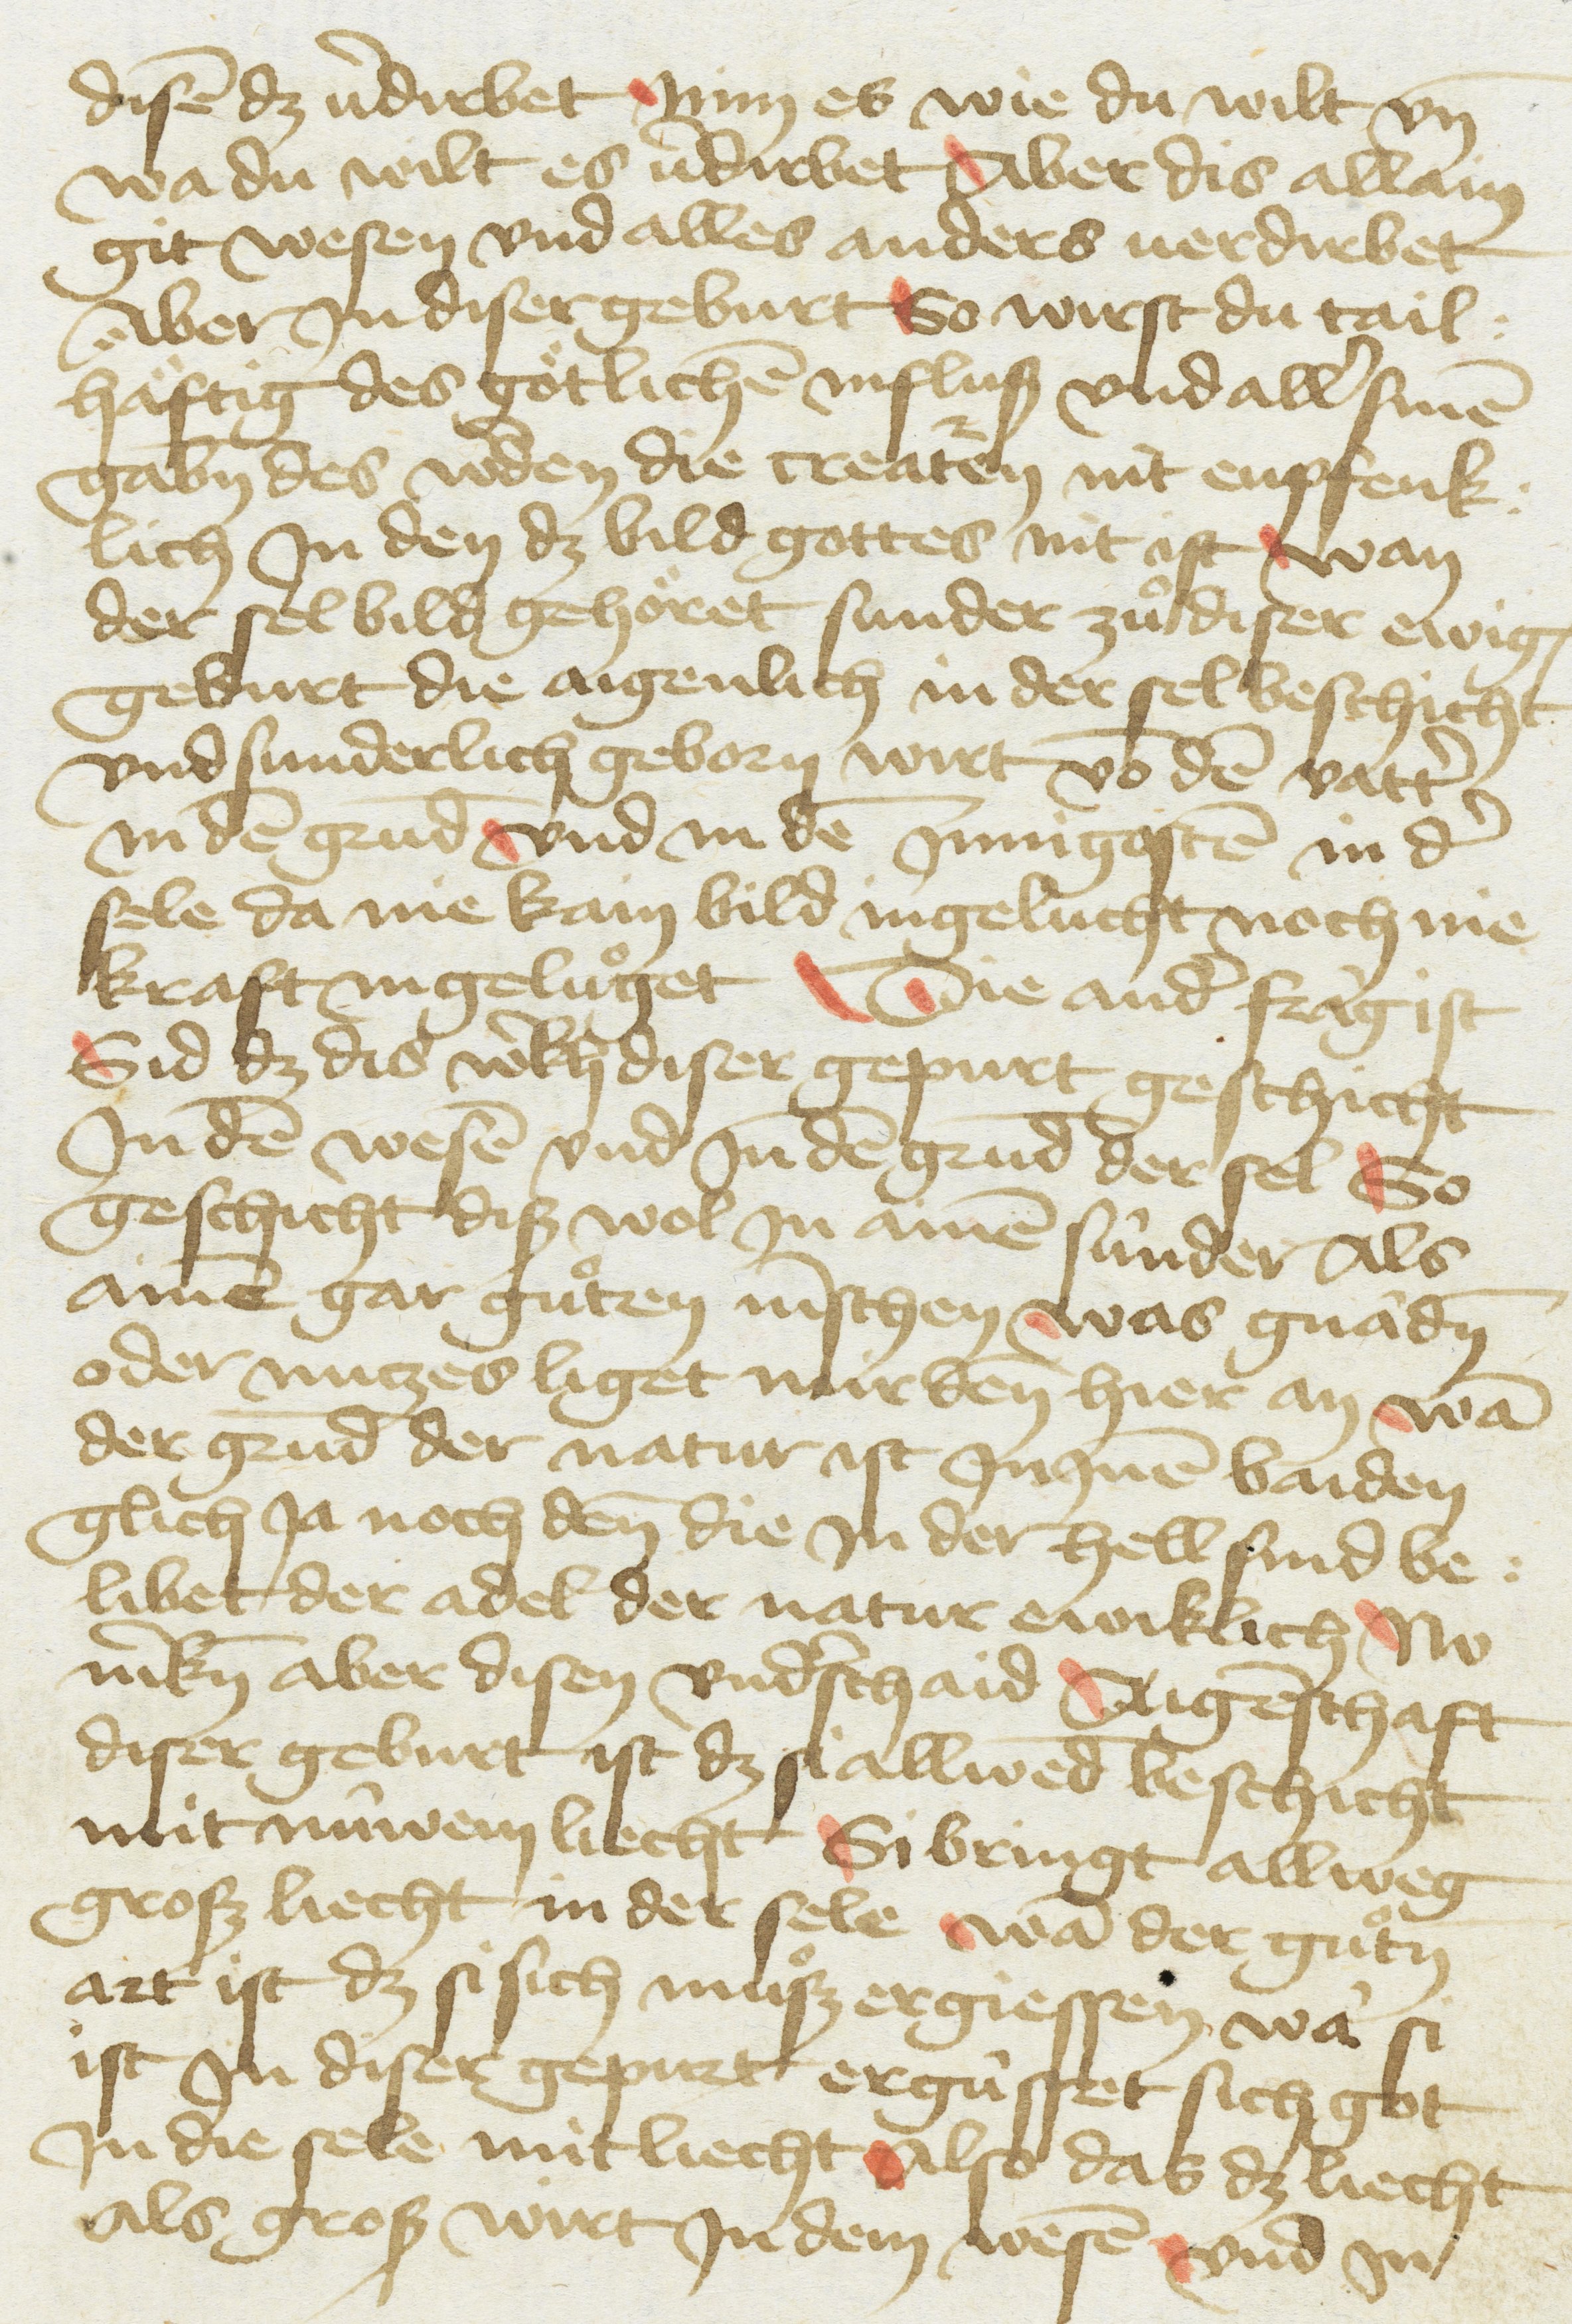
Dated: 1433–1499